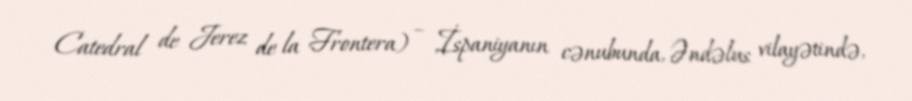
Catedral de Jerez de la Frontera) – İspaniyanın cənubunda, Əndəlus vilayətində,